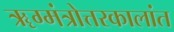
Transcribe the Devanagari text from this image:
ॠग्मंत्रोत्तरकालांत